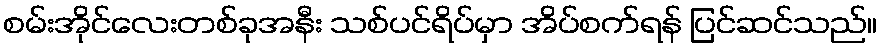
စမ်းအိုင်လေးတစ်ခုအနီး သစ်ပင်ရိပ်မှာ အိပ်စက်ရန် ပြင်ဆင်သည်။